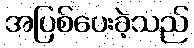
အပြစ်ပေးခဲ့သည်